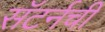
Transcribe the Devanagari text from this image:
सॅटर्नची